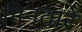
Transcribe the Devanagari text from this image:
गिनतारे